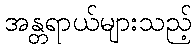
အန္တရာယ်များသည့်